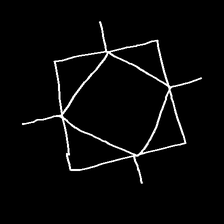
Glyph: light